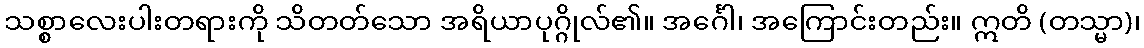
သစ္စာလေးပါးတရားကို သိတတ်သော အရိယာပုဂ္ဂိုလ်၏။ အင်္ဂေါ၊ အကြောင်းတည်း။ ဣတိ (တသ္မာ)၊